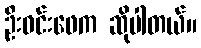
ဦးဝင်းဖေက ဆိုပါတယ်။